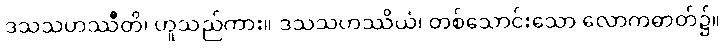
ဒသသဟဿီတိ၊ ဟူသည်ကား။ ဒသသဟဿိယံ၊ တစ်သောင်းသော လောကဓာတ်၌။